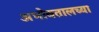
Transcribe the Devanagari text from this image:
अभोवतालच्या